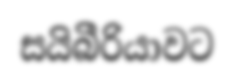
සයිබීරියාවට